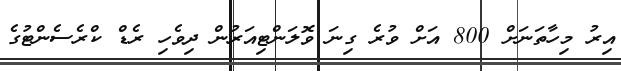
އިރު މިހާތަނަށް 800 އަށް ވުރެ ގިނަ ވޮލަންޓިއަރުން ދިވެހި ރެޑް ކްރެސެންޓުގެ